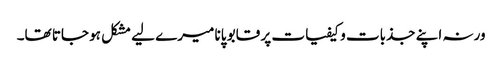
ورنہ اپنے جذبات و کیفیات پر قابو پانا میرے لیے مشکل ہو جاتا تھا۔